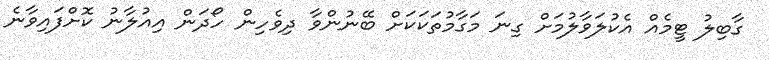
ގާބިލު ޓީމެއް އެކުލަވާލުމަށް ގިނަ މަގާމުތަކަކަށް ބޭނުންވާ ދިވެހިން ހޯދަން އިއުލާނު ކޮށްފައިވާނެ